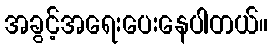
အခွင့်အရေးပေးနေပါတယ်။